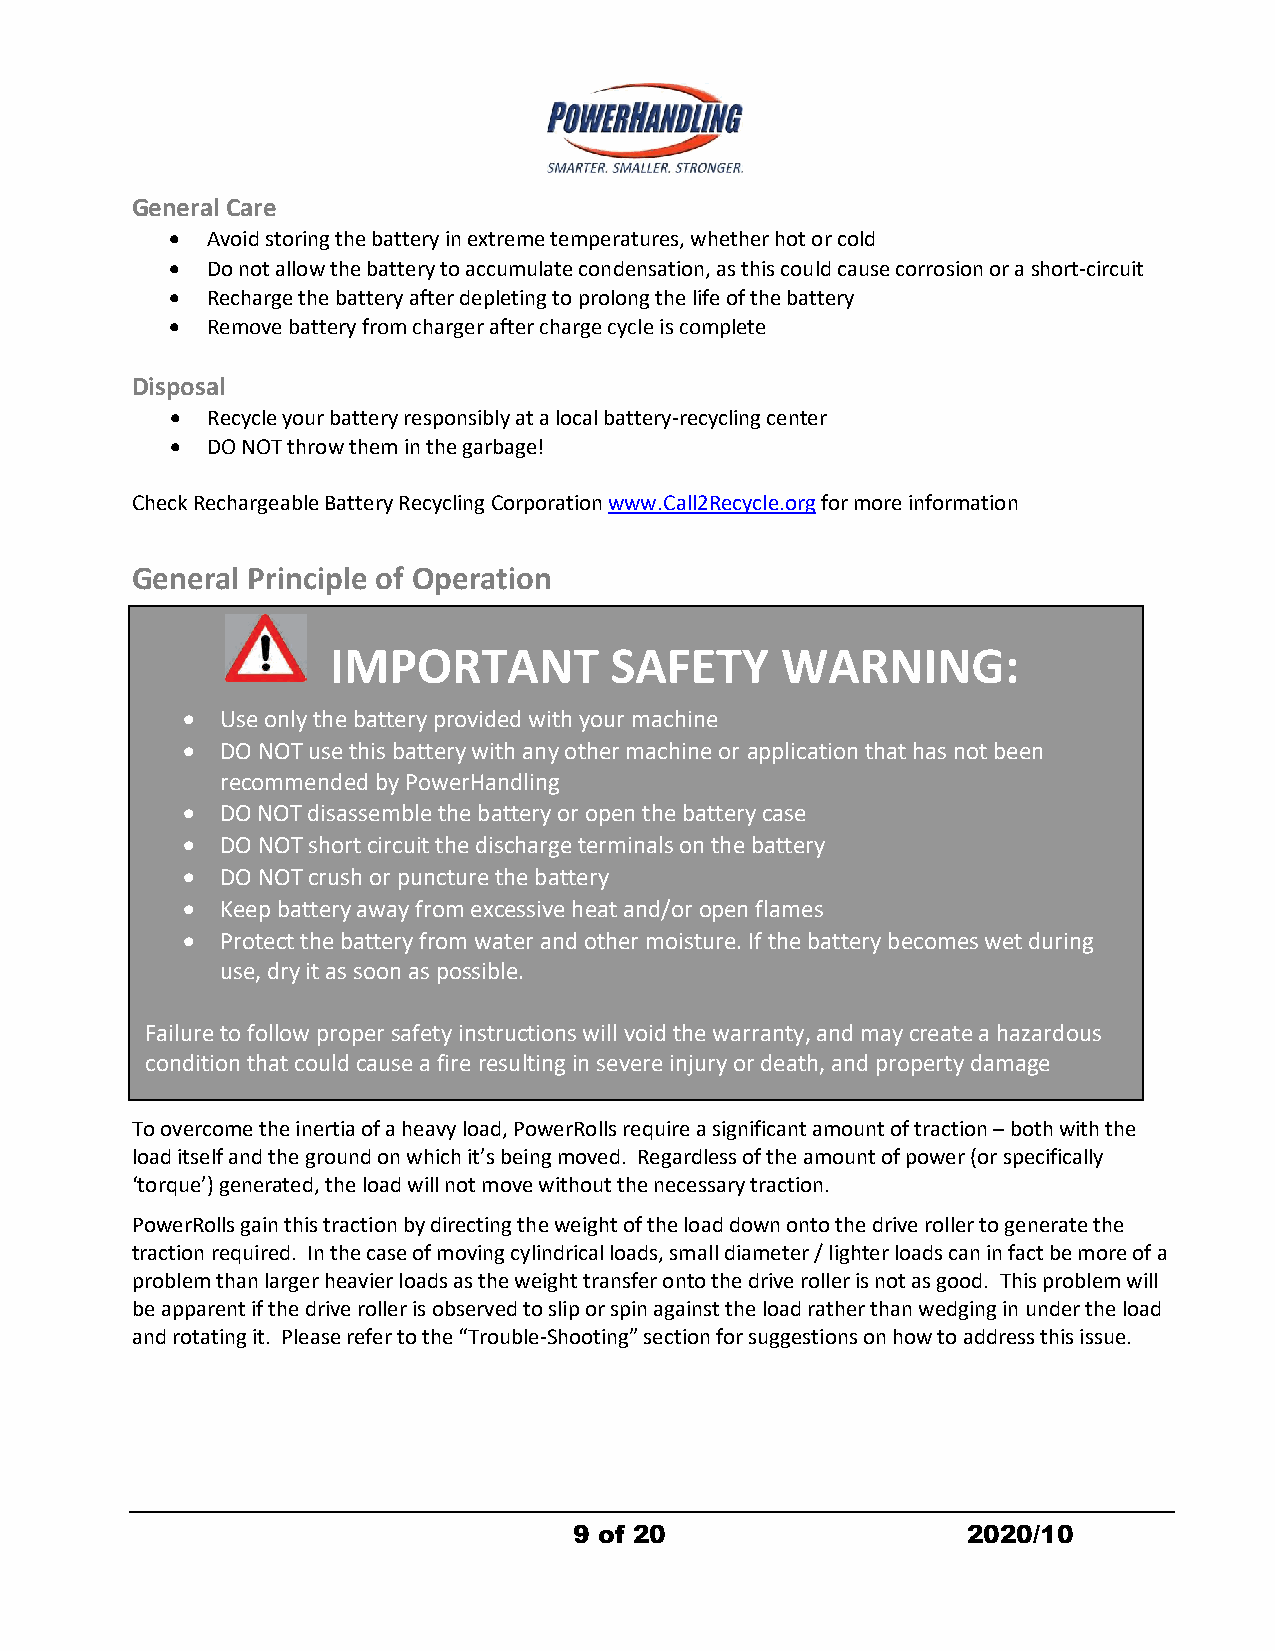
General Care
   Avoid storing the battery in extreme temperatures, whether hot or cold
   Do not allow the battery to accumulate condensation, as this could cause corrosion or a short-circuit
   Recharge the battery after depleting to prolong the life of the battery
   Remove battery from charger after charge cycle is complete
 Disposal
   Recycle your battery responsibly at a local battery-recycling center
   DO NOT throw them in the garbage!
 Check Rechargeable Battery Recycling Corporation www.Call2Recycle.org for more information
 General Principle of Operation
 IMPORTANT         SAFETY      WARNING:
   Use only the battery provided with your machine
   DO NOT use this battery with any other machine or application that has not been
 recommended by PowerHandling
   DO NOT disassemble the battery or open the battery case
   DO NOT short circuit the discharge terminals on the battery
   DO NOT crush or puncture the battery
   Keep battery away from excessive heat and/or open flames
   Protect the battery from water and other moisture. If the battery becomes wet during
 use, dry it as soon as possible.
 Failure to follow proper safety instructions will void the warranty, and may create a hazardous
 condition that could cause a fire resulting in severe injury or death, and property damage
 To overcome the inertia of a heavy load, PowerRolls require a significant amount of traction –both with the
 load itself and the groundon which it’s beingmoved. Regardless of the amount of power (or specifically
 ‘torque’) generated, the load will not move without the necessary traction.
 PowerRolls gain this traction by directing the weight of the load down onto the drive roller to generate the
 traction required. In the case of moving cylindrical loads, small diameter / lighter loads can in fact be more of a
 problem than larger heavier loads as the weight transfer onto the drive roller is not as good. This problem will
 be apparent if the drive roller is observed to slip or spin against the load rather than wedging in under the load
 and rotating it. Please refer to the “Trouble-Shooting” section for suggestions onhow toaddress this issue.
 9 of 20                   2020/10